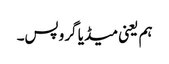
ہم یعنی میڈیا گروپس۔